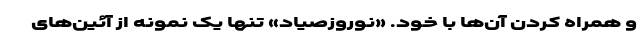
و همراه کردن آن‌ها با خود. «نوروزصیاد» تنها یک نمونه از آئین‌های